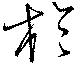
於